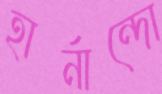
হার্নান্দো